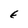
Character: E